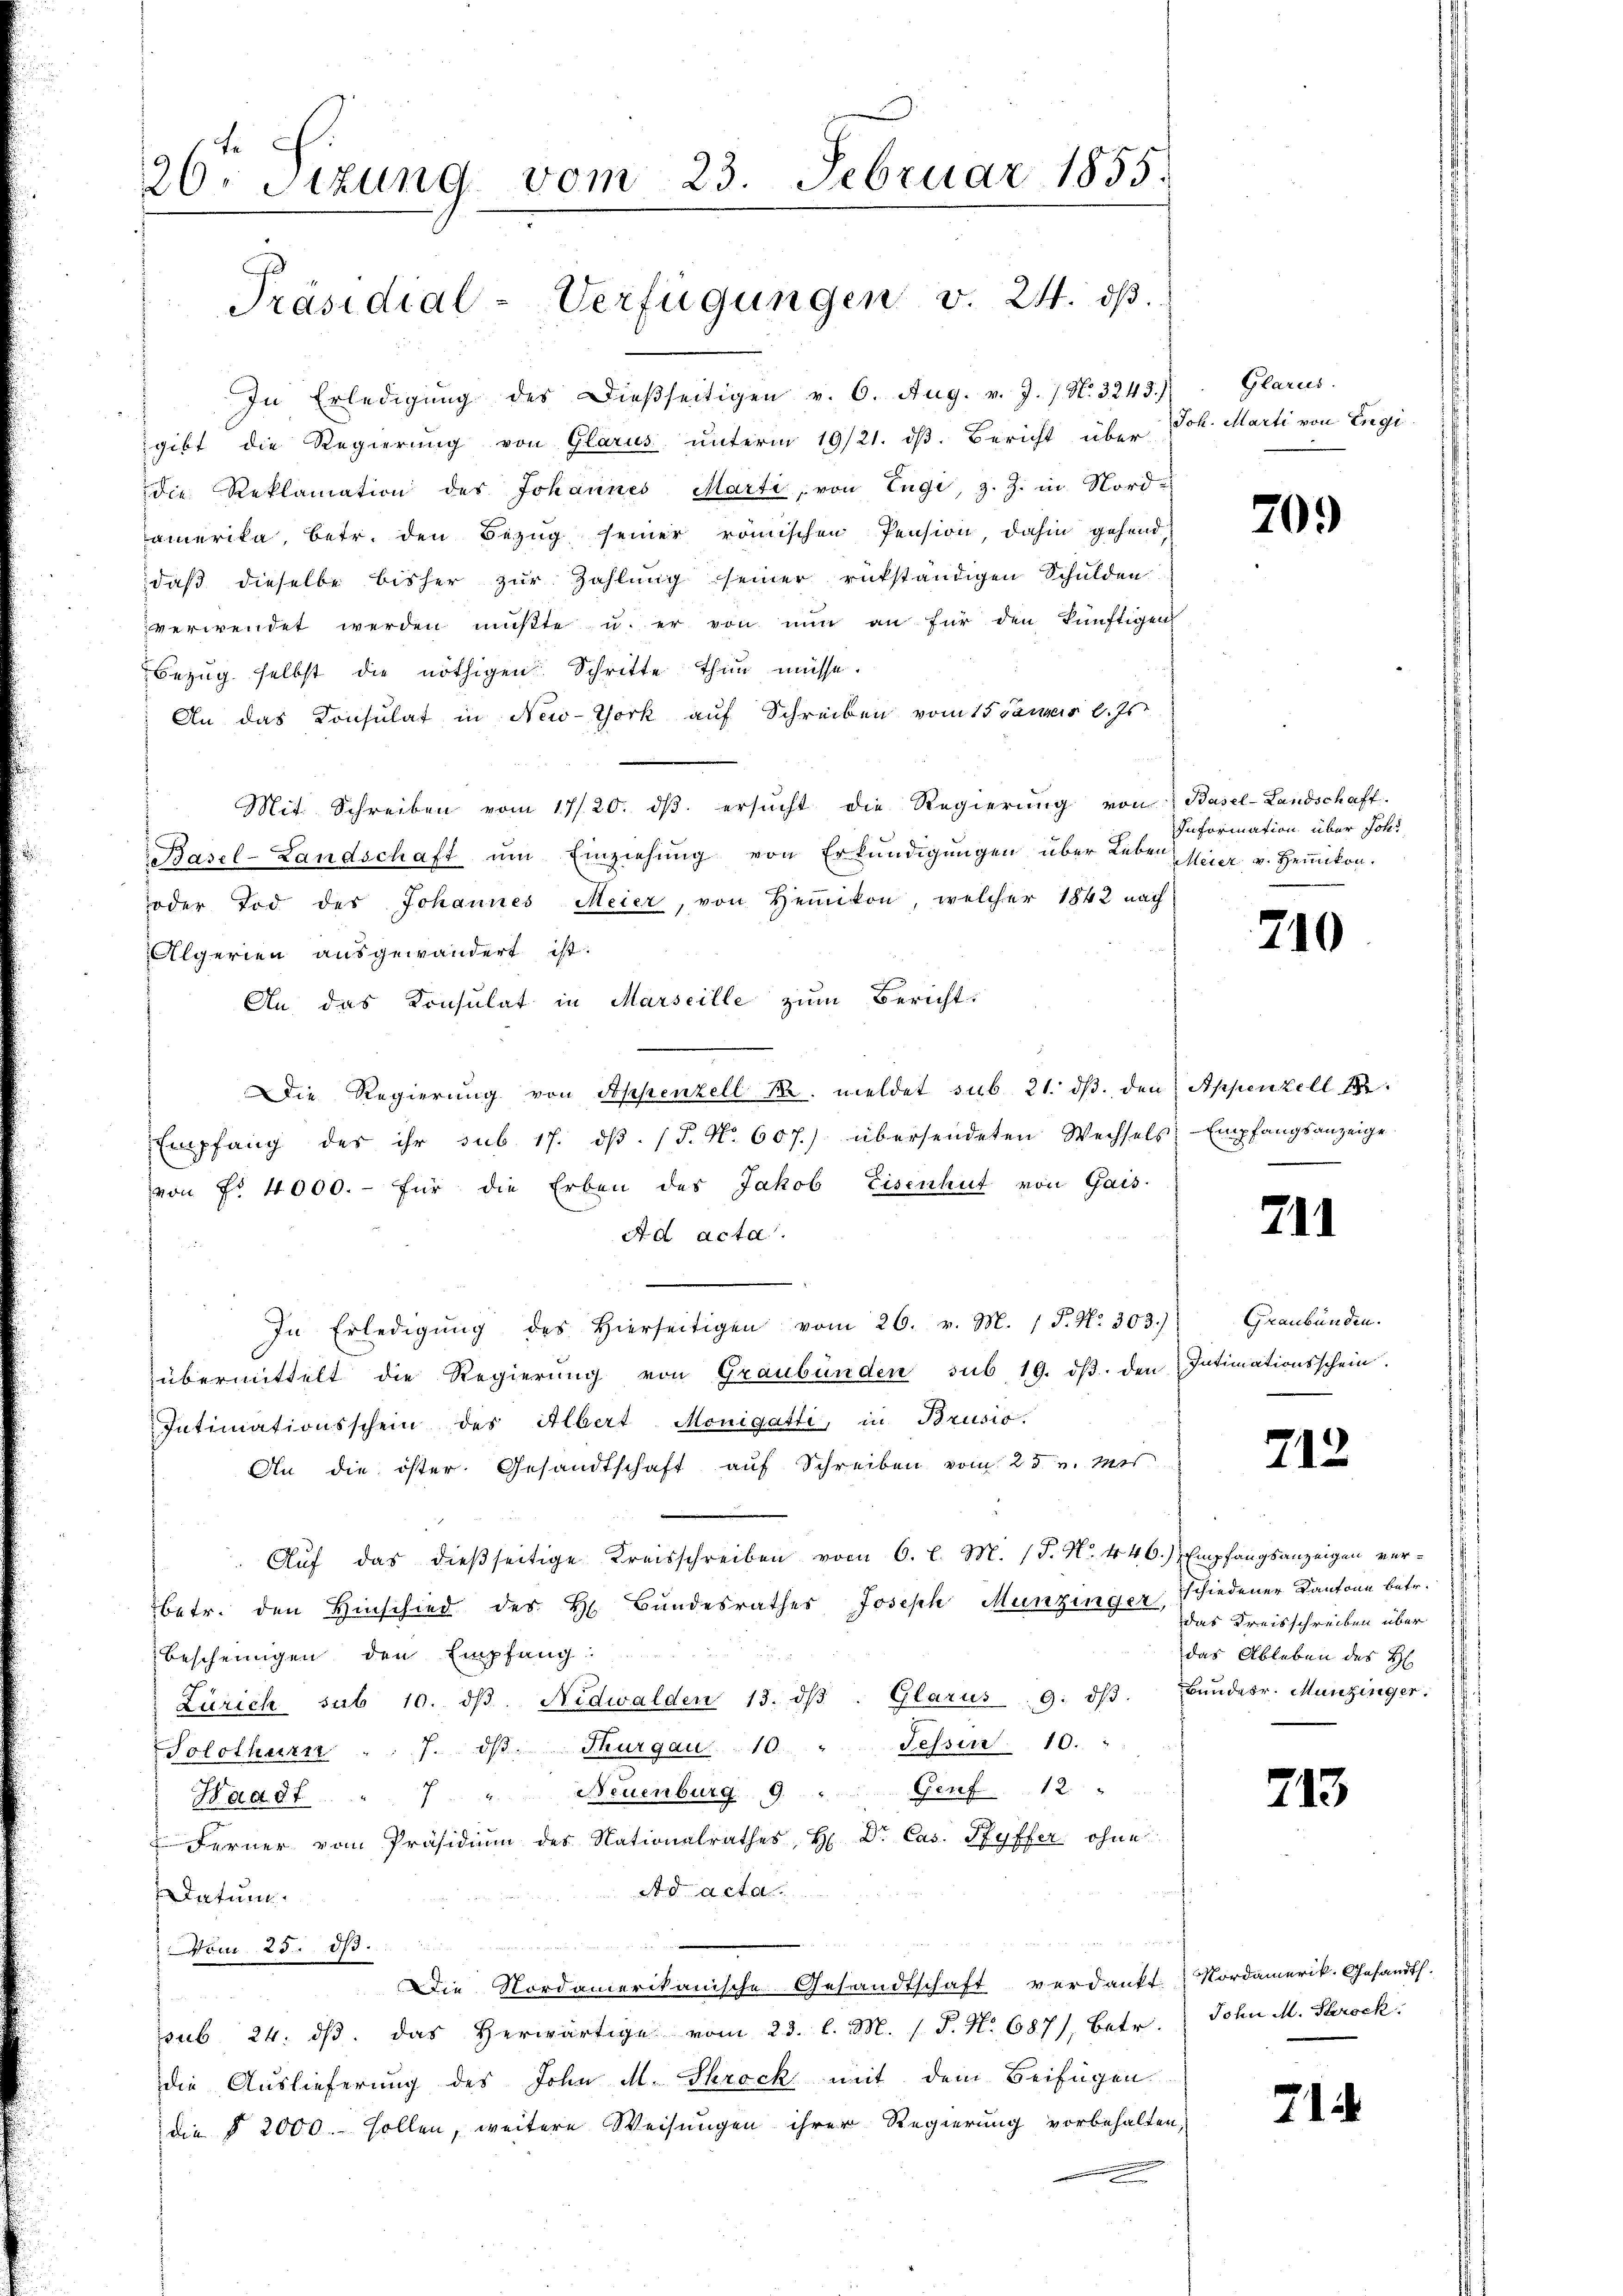
20. Sizung vom 23. Februar 1855.

In Erledigŭng des Dieβseitigen v. 6. Aug. v. J. / N. 3243)
gibt die Regierung von Glarus unterm 19/21. ds. Bericht über
die Reklamation des Johannes Marti, von Engi, z. Z. in Nord-
amerika, betr. den Bezug seiner römischen Pension, dahin gehend
daß dieselbe bisher zur Zahlung seiner rükständigen Schulden
verwendet werden mußte u. er von nun an für den künftigen
Bezŭg selbst die nöthigen Schritte thun müsse.
An das Konsulat in New-York auf Schreiben vom 15. Jannes l. Js.
Mit Schreiben vom 17/20. dβ ersŭcht die Regierŭng von Basel-Landschaft-
Basel-Landschaft um Einziehung von Erkundigungen über Leben
oder Tod des Johannes Meier, von Hemikon, welcher 1842 nach
Algerien ausgewändert ist.
An, das Konsulat in Marseille zum Bericht
Die Regierung von Appenzell M. meldet sub. 21. dβ den Appenzell 14.
Empfang des ihr sub. 17. dβ. (T. N. 607.) übersendeten Wechsels
von Fr. 4000.- für die Erben des Jakob Eisenhut von Gais-
Ad acta.
In Erledigŭng des hierseitigen vom 26. v. M. (T. N. 303.)
übermittelt die Regierŭng von Graubünden sub 19. dβ. den Intimationsschein.
Intimationsschein des Albert Monigatti, in Brusio.
An die öster. Gesandtschaft aŭf Schreiben vom 25. v. Mts.
Aŭf das dießseitige Kreisschreiben vom 6. l. M. (T. No. 446.) Empfangsanzeigen verbetr. den Hinschied der H. Bŭndesrathes Joseph Munzinger Schiedener Kantone betr.
Bescheinigen den Empfang:
Zürich sub 10. dβ. Nidwalden 13. dβ. Glarus 9. dβ. Bundesr. Munzinger:
Solothurn . . 7. dβ. Thurgau 10 " Fessen 10.
Waadt. " 7 " Neuenburg 9 " " Genf 12 "
 Ferner vom Präsidium des Nationalrathes, H. Dr. Cas. Ryffer ohne
Ad acta
datum.
Vom 25. d.
Die Nordamerikanische Gesandtschaft verdankt Nordamerik. Gesandth.
sub. 24. dβ. das herwärtige vom 23. l. M. 1. P. Nr. 687), betr.
die Auslieferung des John M. Skrock mit dem Beifügen
die § 2000. sollen, weitere Weisungen ihrer Regierung vorbehalten,

Präsidial-Verfügungen v. 24. ds.

Glarus.
Joh. Marti von Engi

209

Information über Joh.
Meier v. Heinikon.

210

Empfangsanzeige

711

Graubünden.

712

das Kreisschreiben über
das Ableben des H

.

213

John M. Parock.

212